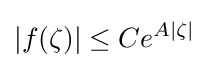
|f(\zeta )|\leq Ce^{A|\zeta |}